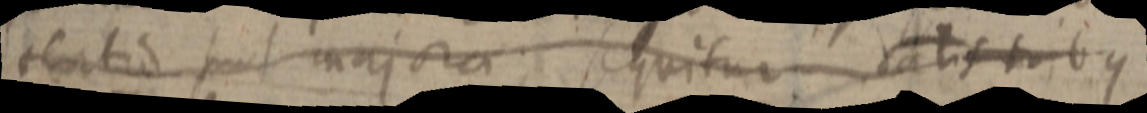
tertio sunt majora sequitur dalis tribus